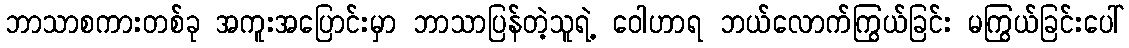
ဘာသာစကားတစ်ခု အကူးအပြောင်းမှာ ဘာသာပြန်တဲ့သူရဲ့ ဝေါဟာရ ဘယ်လောက်ကြွယ်ခြင်း မကြွယ်ခြင်းပေါ်